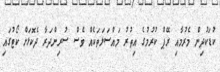
ކުޑަކުދިން މެރުމާއި ރޭޕް ކުރުމުގެ އިތުރު މައްސަލަތަކެއް ވެސް ސުރިންދަރާ ދެކޮޅަށް ކޯޓުގައި